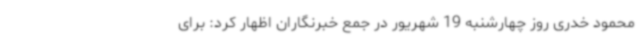
محمود خدری روز چهارشنبه 19 شهریور در جمع خبرنگاران اظهار کرد: برای